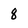
Character: 8